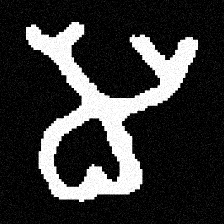
Pyu character \u2014 Myanmar letter: မ (romanized: ma)